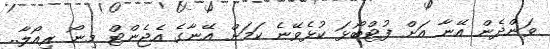
ވަންދެން އޭނާ އަށް ފުޓްބޯޅަ ކުޅެވޭނެ ކަމަށް އޭނާގެ އެޖެންޓް މިނޯ ރިއޯލާ..